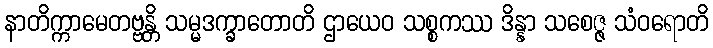
နာတိက္ကာမေတဗ္ဗန္တိ သမ္မဒက္ခာတောတိ ဌာယေဝ သစ္စကဿ ဒိန္နာ သစေဇ္ဇ သံဝရောတိ